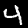
Digit: 4